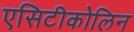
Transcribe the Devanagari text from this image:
एसिटीकोलिन